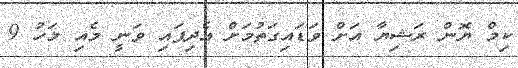
ކިމް ޔޮން ރަޝިޔާ އަށް ވަޑައިގަތުމަށް އެދިފައި ވަނީ މެއި މަހު 9